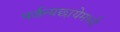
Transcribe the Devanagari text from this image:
पर्जन्यछायेमध्ये